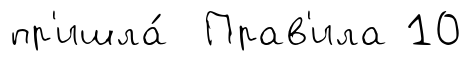
пр'ишла́ Прав'ила 10